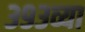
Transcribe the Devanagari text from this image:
३९३व्या